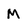
Character: M